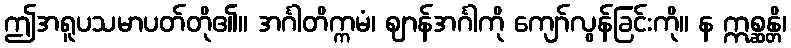
ဤအရူပသမာပတ်တို၏။ အင်္ဂါတိက္ကမံ၊ ဈာန်အင်္ဂါကို ကျော်လွန်ခြင်းကို။ န ဣစ္ဆန္တိ၊